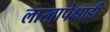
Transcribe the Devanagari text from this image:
लाखापेक्षाही